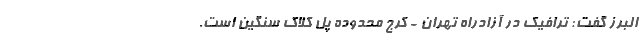
البرز گفت: ترافیک در آزادراه تهران - کرج محدوده پل کلاک سنگین است.